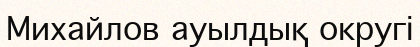
Михайлов ауылдық округі